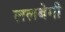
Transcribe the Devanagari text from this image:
ललबेगी